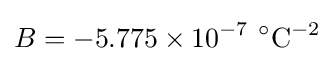
B=-5.775\times 10^{-7}~^{\circ }{\text{C}}^{-2}